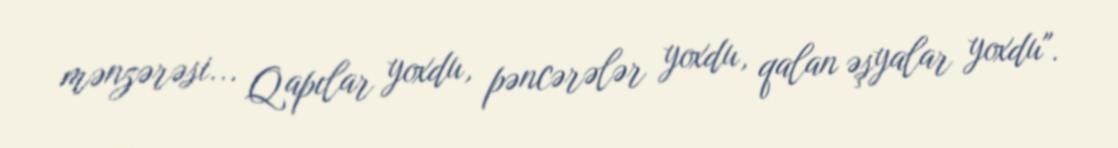
mənzərəsi... Qapılar yoxdu, pəncərələr yoxdu, qalan əşyalar yoxdu".